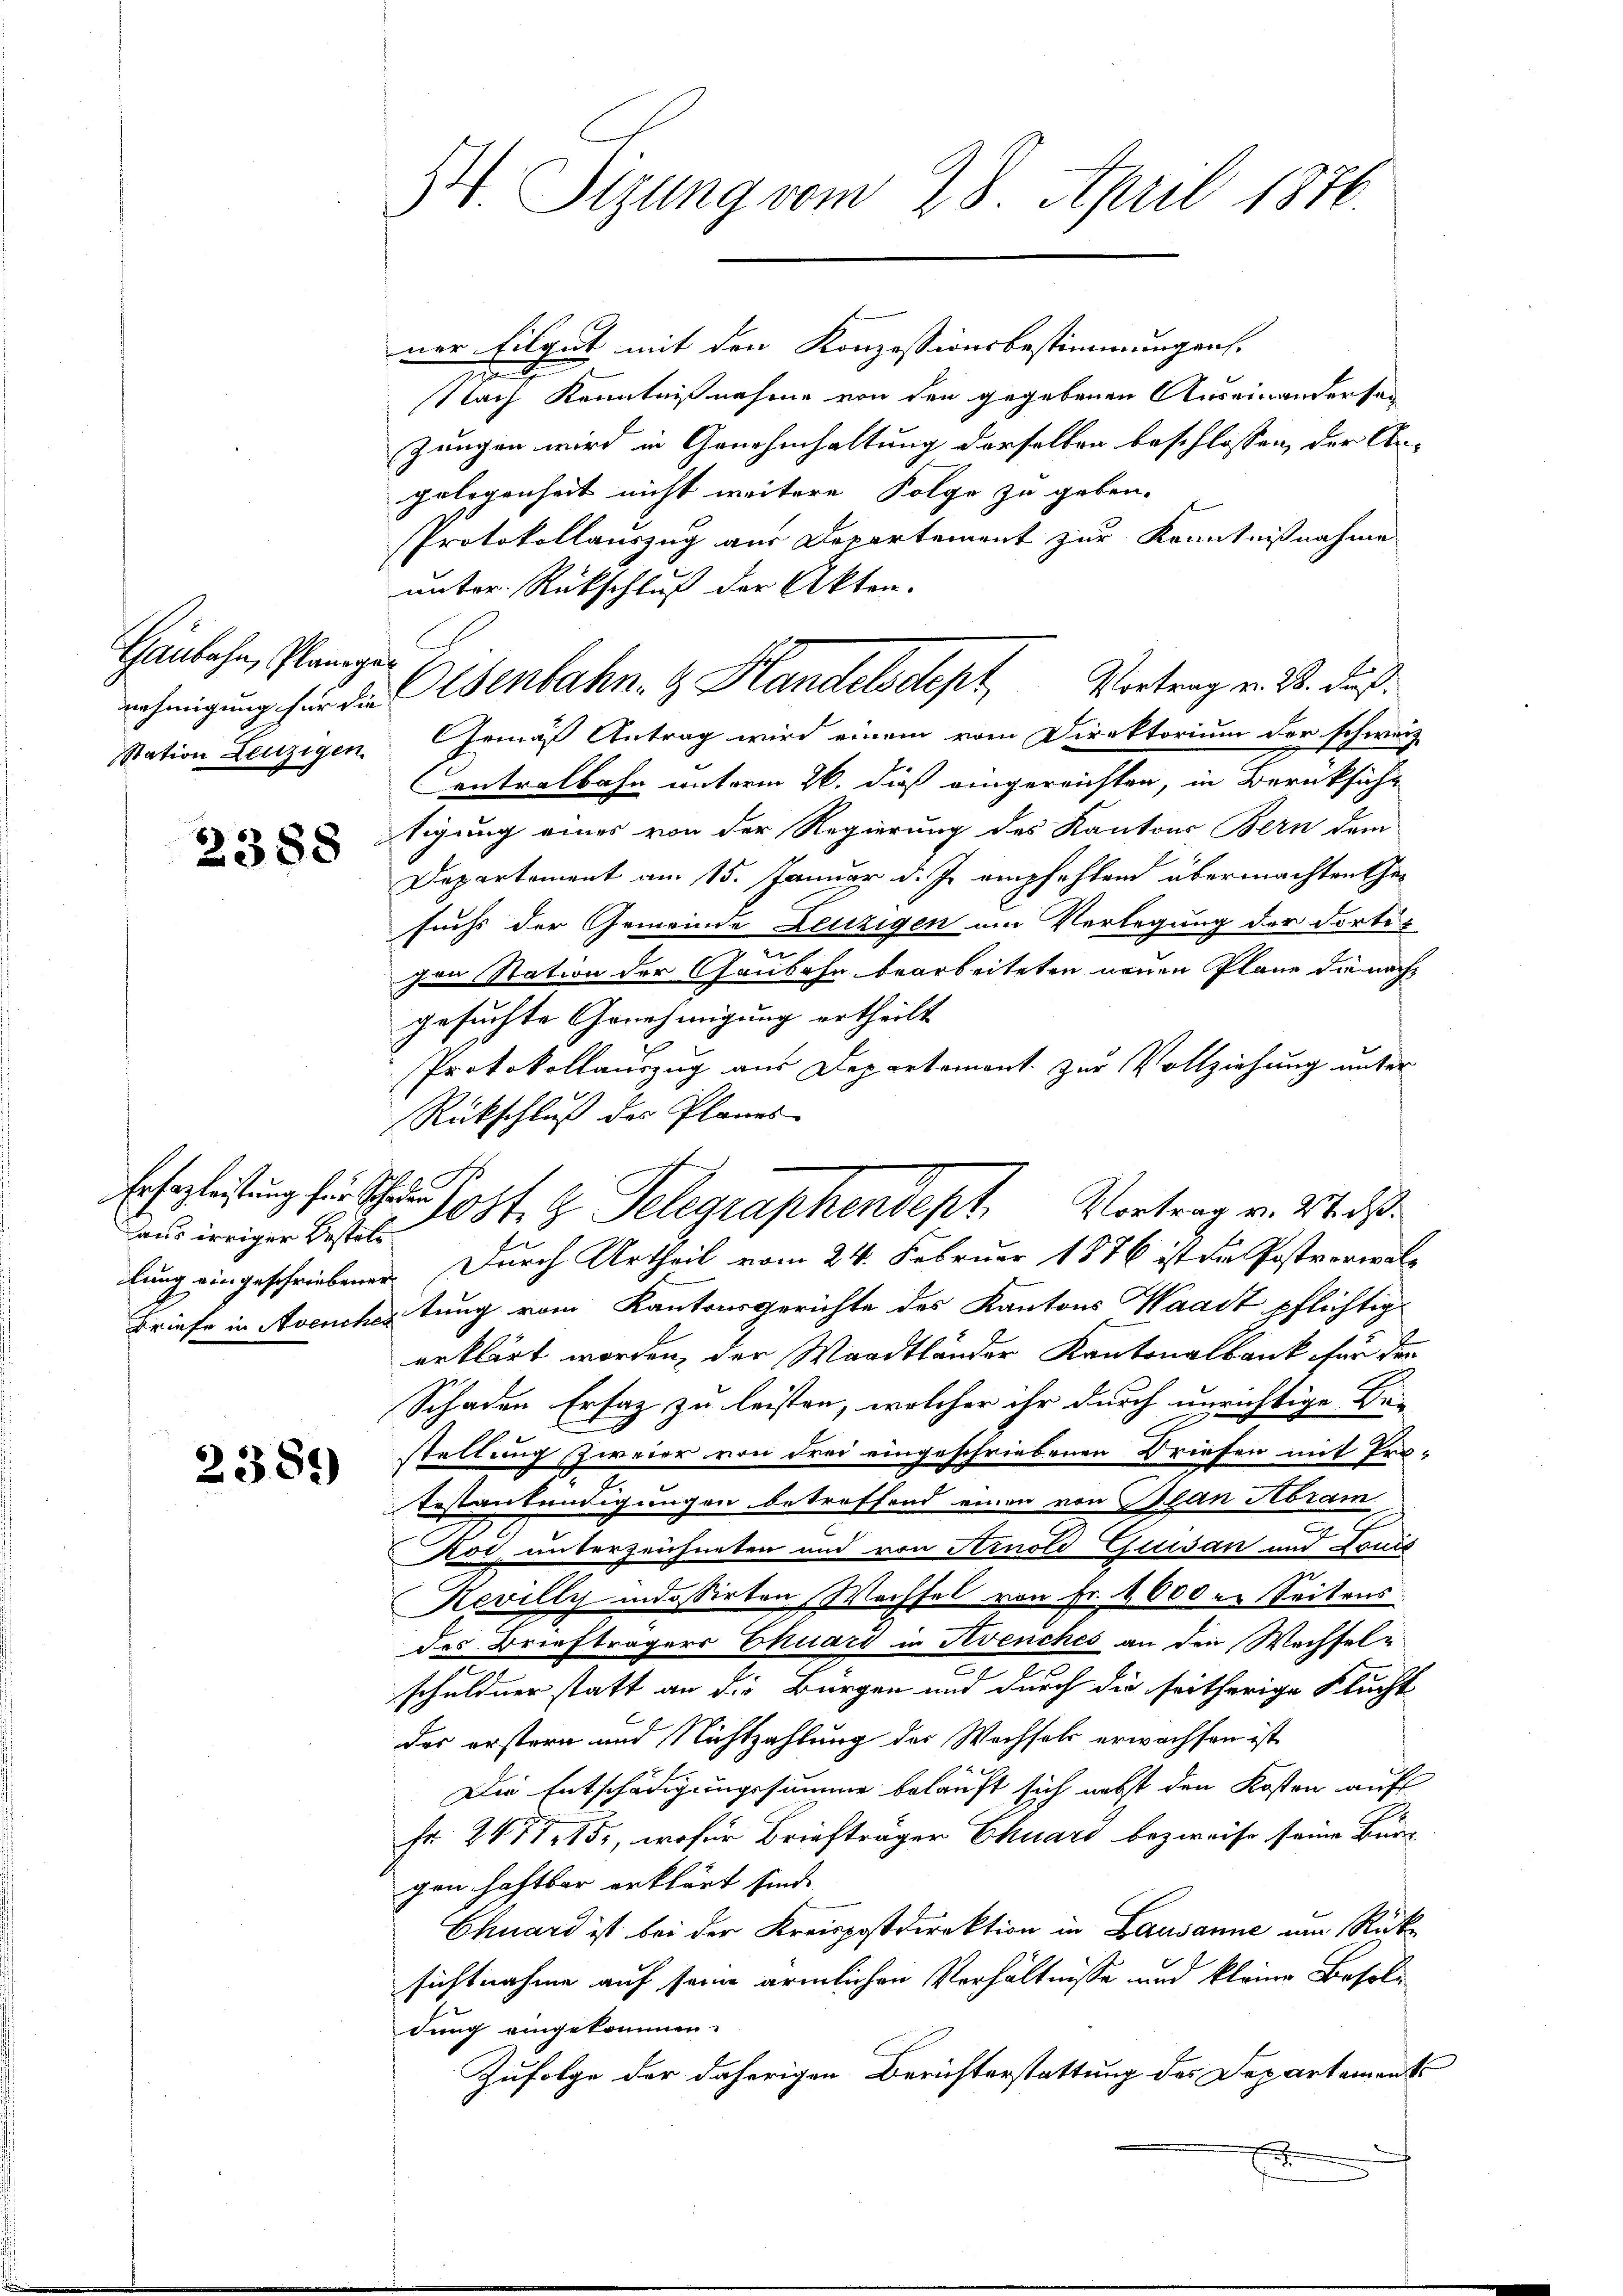
Gaubahn, Planeger
nehmigung für die

2388

aus irriger Bestell

2381)

34. Itzung vom 28. April 1876.

ner Eilgut mit den Konzessionsbestimmungen.
Nach Kenntnißnahme von den gegebenen Auseinandersen
Zungen wird in Genehmhaltung derselben beschlossen, der An-
gelegenheit nicht weitere Folge zu geben.
Protokollauszug aus Departement zur Kenntnißnahme
unter Rückschluß der Akten.
Nation Leuzigen Gemäß Antrag wird einem vom Direktorium der schweiz
entralbahn unterm 26. dieß eingereichten, in Berüksicht
tigung eines von der Regierung des Kantons Bern dem
Departement am 15. Januar d. Js. empfehlend übermachten Gefuchs der Gemeinde Leuzigen am Verlegung der dortie
gen Station der Gaubahn bearbeiteten neuen Plane die nach
gesuchte Genehmigung ertheilt
Protokollauszug aus Departemont zur Vollziehung unter
Rückschluß des Planes
lung eingeschriebener Durch Urtheil vom 24. Februar 1876 ist die Postverwal¬
Briefe in Avenchestung vom Kantonsgerichte des Kantons Waadt pflichtig
erklärt worden, der Waadtländer Kantonalbank für der
Schaden Ersaz zu leisten, welcher ihr durch unrichtige Be-
stellung zweier von drei eingeschriebenen Briefen mit Pro-
Testantendigungen betroffend einen von Bean Abram
Koi, unterzeichneten und von Arnold Guisan und Louis
Revilly indossirten Wechsel von Fr. 1600 u. Seitens
des Briefträgers Thuars in Avenches an die Wachselschuldner statt an die Bürgen und durch die seitherige Flucht
des erstern und Nichtzahlung des Wachsels erwachsen ist
Die Entschädigungssumme belauft sich nebst den Kosten auf
Fr. 247. 15., wofür Briefträger Chuars bezweife seine Bud
gen haftbar erklärt sind.
Chuard ist bei der Kreispostdirektion in Lausanne um Rücksichtnahme auf seine ärmlichen Verhältnisse und kleine Besoldung eingekommen.
Zufolge der daherigen Berichterstattung des Departements

2 S.

Eisenbahn. G. Handelsdept Vortrag v. R. Fuß

Ersogleitung für Schopf G. Telegraphendept, Vortrag v. 2. ds.